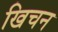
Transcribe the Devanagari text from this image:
खिचन